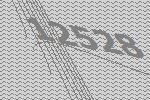
12528